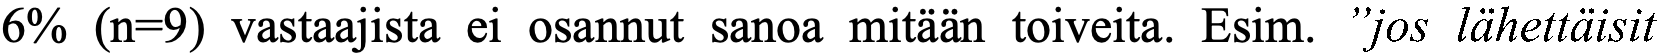
6% (n=9) vastaajista ei osannut sanoa mitään toiveita. Esim. ”jos lähettäisit